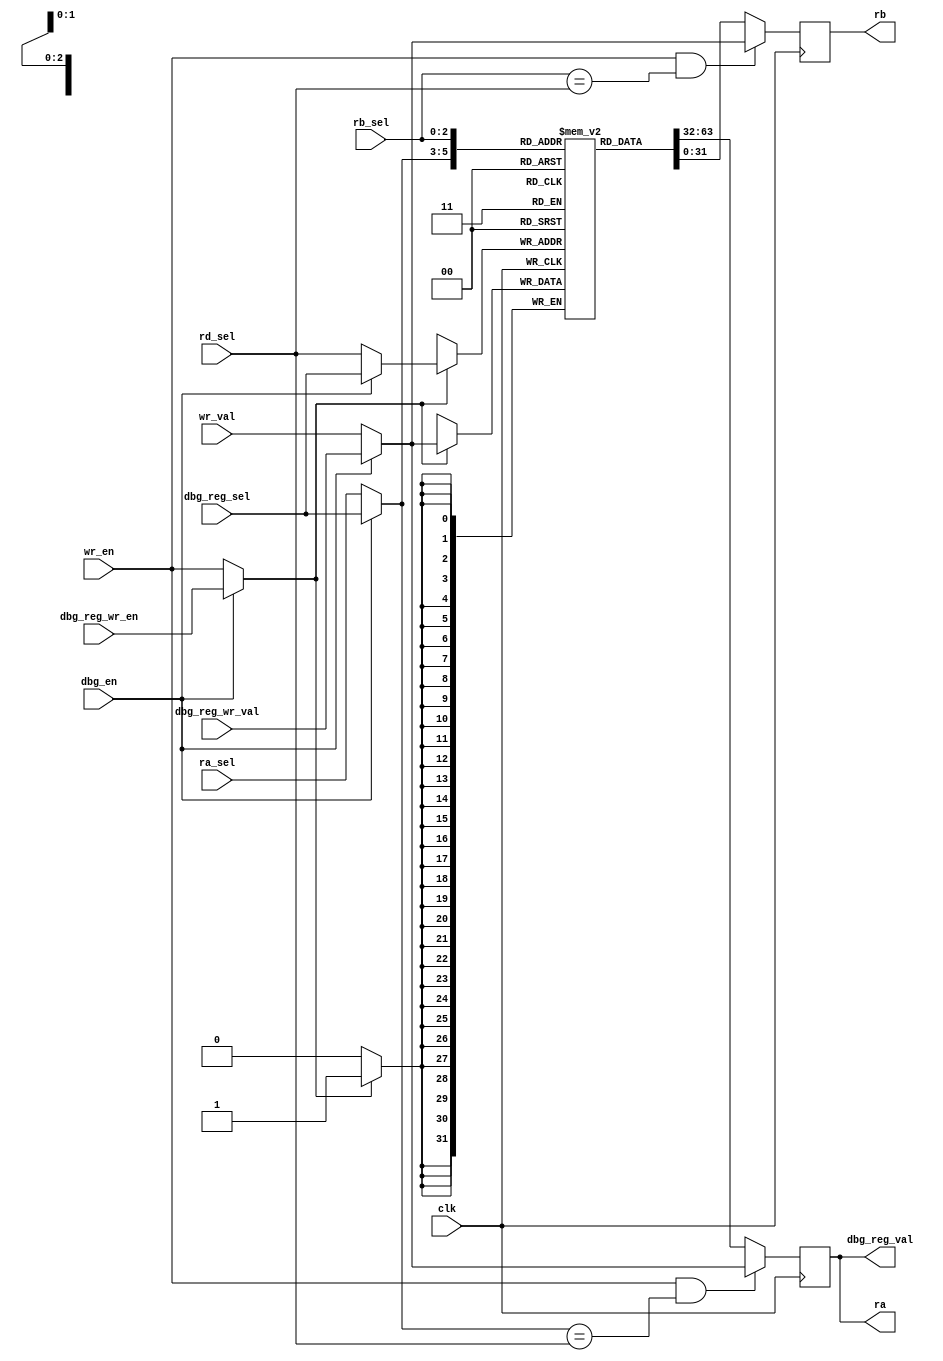
module oldland_regfile(input wire clk,
		       input wire [2:0] ra_sel,
		       input wire [2:0] rb_sel,
		       input wire [2:0] rd_sel,
		       input wire wr_en,
		       input wire [31:0] wr_val,
		       output wire [31:0] ra,
		       output wire [31:0] rb,
		       input wire [2:0] dbg_reg_sel,
		       output wire [31:0] dbg_reg_val,
		       input wire [31:0] dbg_reg_wr_val,
		       input wire dbg_reg_wr_en,
		       input wire dbg_en);

reg [31:0] registers[7:0];
reg [3:0] regno = 4'b0;

wire [2:0] port_a_sel = dbg_en ? dbg_reg_sel : ra_sel;
reg [31:0] port_a_val = 32'b0;

wire [2:0] port_b_sel = rb_sel;
reg [31:0] port_b_val = 32'b0;

wire [31:0] wr_port_val = dbg_en ? dbg_reg_wr_val : wr_val;
wire wr_port_wr_en = dbg_en ? dbg_reg_wr_en : wr_en;
wire [2:0] wr_port_sel = dbg_en ? dbg_reg_sel : rd_sel;

assign ra = port_a_val;
assign rb = port_b_val;
assign dbg_reg_val = port_a_val;

initial begin
	for (regno = 0; regno < 8; regno = regno + 4'b1)
		registers[regno[2:0]] = 32'b0;
end

always @(posedge clk) begin
	port_a_val <= (wr_en && port_a_sel == rd_sel) ? wr_port_val :
		registers[port_a_sel];
	port_b_val <= (wr_en && port_b_sel == rd_sel) ? wr_port_val :
		registers[port_b_sel];

	if (wr_port_wr_en)
		registers[wr_port_sel] <= wr_port_val;
end

endmodule